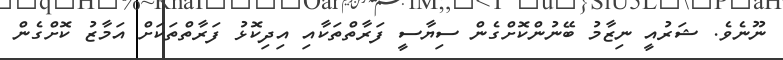
ނޫނެވެ. ޝަރުއީ ނިޒާމު ބޭނުންކޮށްގެން ސިޔާސީ ފަރާތްތަކާއި އިދިކޮޅު ފަރާތްތަކަށް އަމާޒު ކޮށްގެން